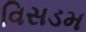
વિસડમ